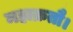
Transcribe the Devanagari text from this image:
महाक्रतौ।